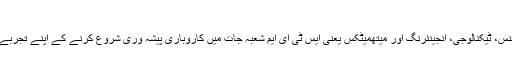
تھری ڈی کاروباری پیشہ ور
مور فیڈو کی شریک بانی مانّیا جھا سائنس، ٹیکنالوجی، انجینئرنگ اور میتھمیٹکس یعنی ایس ٹی ای ایم شعبہ جات میں کاروباری پیشہ وری شروع کرنے کے اپنے تجربے کو اس مضمون میں شیئرکر رہی ہیں۔